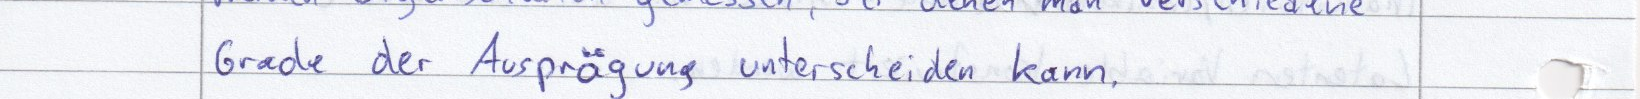
Grade der Ausprägung unterscheiden kann